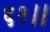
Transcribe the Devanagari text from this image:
६१।।